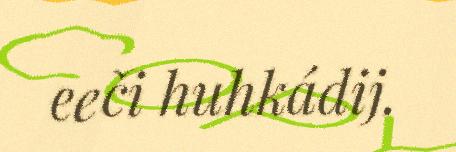
eeči huhkádij.